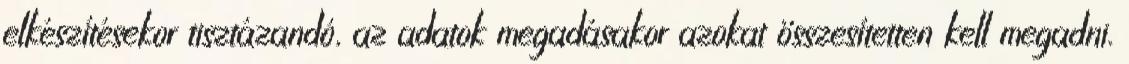
elkészítésekor tisztázandó, az adatok megadásakor azokat összesítetten kell megadni.